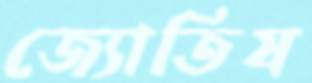
জ্যোতিষ